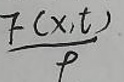
$\frac{F(x,t)}{p}$